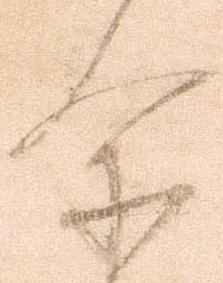
尓